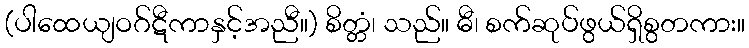
(ပါထေယျဝဂ်ဋီကာနှင့်အညီ။) စိတ္တံ၊ သည်။ ဓီ၊ စက်ဆုပ်ဖွယ်ရှိစွတကား။